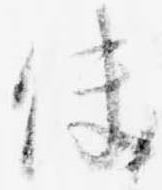
使